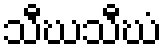
သီဃသီဃံ